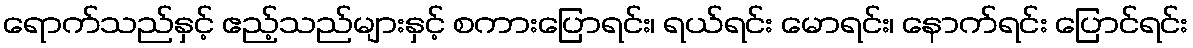
ရောက်သည်နှင့် ဧည့်သည်များနှင့် စကားပြောရင်း၊ ရယ်ရင်း မောရင်း၊ နောက်ရင်း ပြောင်ရင်း